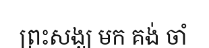
ព្រះសង្ឃ មក គង់ ចាំ